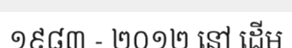
១៩៨៣ - ២០១២ នៅ ដើម